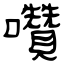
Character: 囋